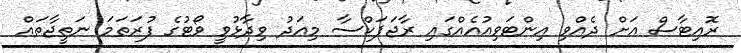
ރޮއިޓާސް އަށް ދެއްވި އިންޓަވިއުއެއްގައި ރާޖަޕަކްސާ މިއަދު ވިދާޅުވީ ވޯޓުގެ ފުރަތަމަ ނަތީޖާތައް